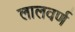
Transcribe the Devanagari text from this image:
लालवर्ण